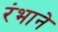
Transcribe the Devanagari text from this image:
रंभाने